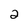
Character: 2